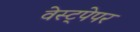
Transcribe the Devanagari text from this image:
वेस्ट्पेपर